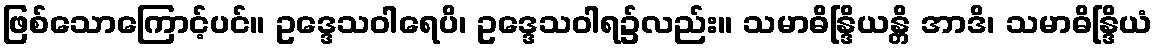
ဖြစ်သောကြောင့်ပင်။ ဥဒ္ဒေသဝါရေပိ၊ ဥဒ္ဒေသဝါရ၌လည်း။ သမာဓိန္ဒြိယန္တိ အာဒိ၊ သမာဓိန္ဒြိယံ